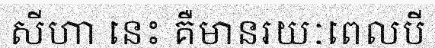
សីហា នេះ គឺមានរយៈពេលបី